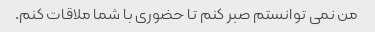
من نمی توانستم صبر کنم تا حضوری با شما ملاقات کنم.